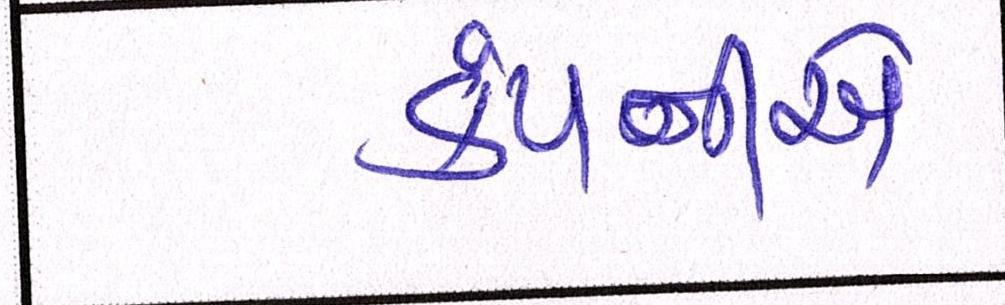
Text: કંપનીએ